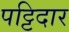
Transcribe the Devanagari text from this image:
पट्टिदार